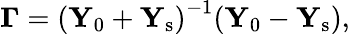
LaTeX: {\mathbf\Gamma}=\left({\mathbf Y}_{0}+{\mathbf Y}_{\mathrm{s}}\right)^{-1}({\mathbf Y}_{0}-{\mathbf Y}_{\mathrm{s}}),